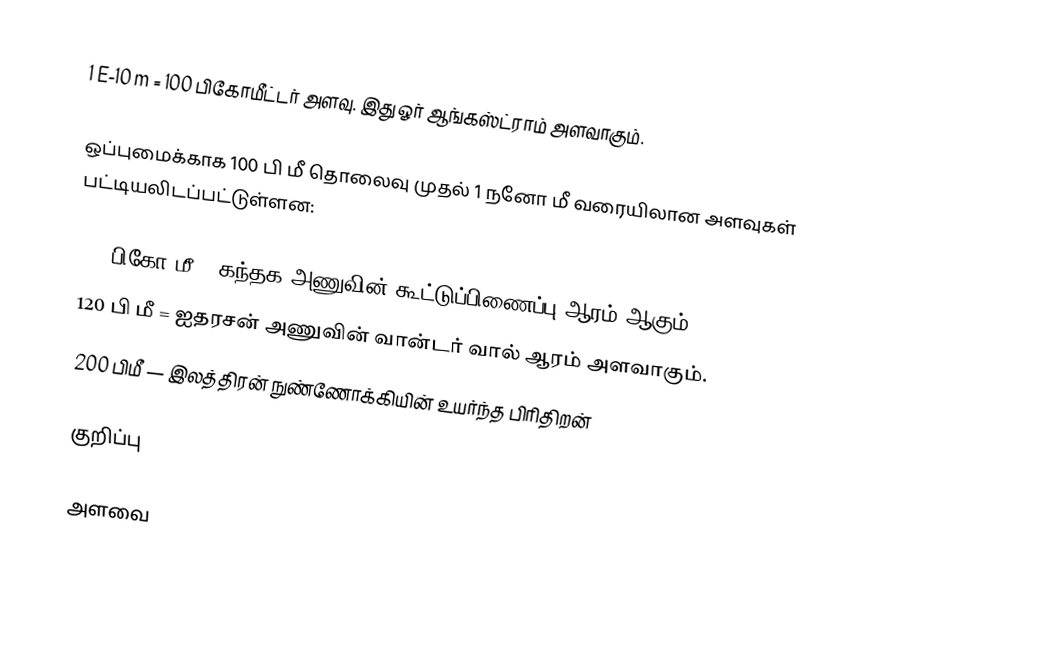
1 E-10 m = 100 பிகோமீட்டர் அளவு. இது ஓர் ஆங்கஸ்ட்ராம் அளவாகும்.

ஒப்புமைக்காக 100 பி மீ தொலைவு முதல் 1 நனோ மீ வரையிலான அளவுகள் பட்டியலிடப்பட்டுள்ளன:

100 பிகோ மீ = கந்தக அணுவின் கூட்டுப்பிணைப்பு ஆரம் ஆகும்.
120 பி மீ = ஐதரசன் அணுவின் வான்டர் வால் ஆரம் அளவாகும்.
200 பிமீ — இலத்திரன் நுண்ணோக்கியின் உயர்ந்த பிரிதிறன்

குறிப்பு

அளவை